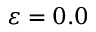
\varepsilon = 0 . 0